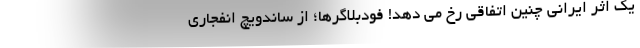
یک اثر ایرانی چنین اتفاقی رخ می دهد! فودبلاگرها؛ از ساندویچ انفجاری